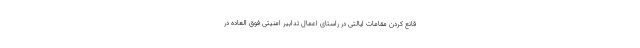
قانع کردن مقامات ایالتی در راستای اعمال تدابیر امنیتی فوق العاده در